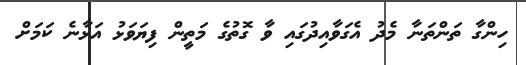
ހިންގާ ތަންތަނާ މެދު އެގަވާއިދުގައި ވާ ގޮތުގެ މަތީން ފިޔަވަޅު އަޅާނެ ކަމަށް